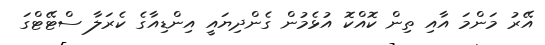
އޭރު މަންމަ އާއި ތިން ކޮއްކޮ އުޅެމުން ގެންދިޔައީ އިންޑިއާގެ ކެރަލާ ސްޓޭޓްގަ